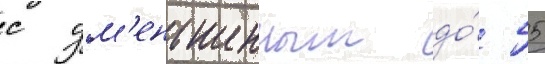
с ум'еньшенным до́ 55